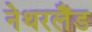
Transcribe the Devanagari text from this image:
नेथरलैंड